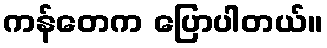
ကန်တေက ပြောပါတယ်။